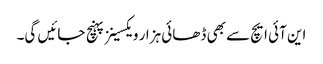
این آئی ایچ سے بھی ڈھائی ہزار ویکسینز پہنچ جائیں گی۔